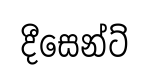
දීසෙන්ට්